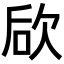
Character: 𣢨